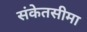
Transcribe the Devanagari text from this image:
संकेतसीमा